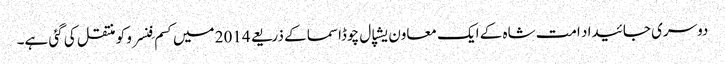
دوسری جائیداد امت شاہ کے ایک معاون یشپال چوڈاسما کے ذریعے 2014 میں کسم فِنسرو کو منتقل کی گئی ہے۔